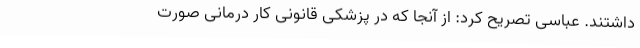
داشتند. عباسی تصریح کرد: از آنجا که در پزشکی قانونی کار درمانی صورت